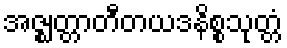
အဇ္ဈတ္တာတီတယဒနိစ္စသုတ္တံ